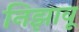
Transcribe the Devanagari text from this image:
निझावू